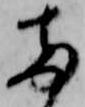
両